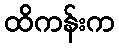
ထိကန်းက